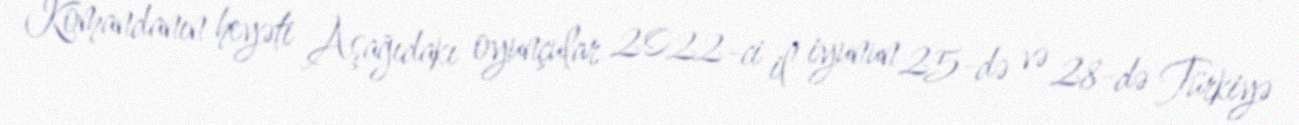
Komandanın heyəti Aşağıdakı oyunçular 2022-ci il iyunun 25-də və 28-də Türkiyə